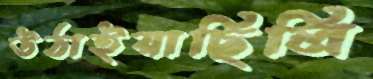
উঠাইয়াছিলি